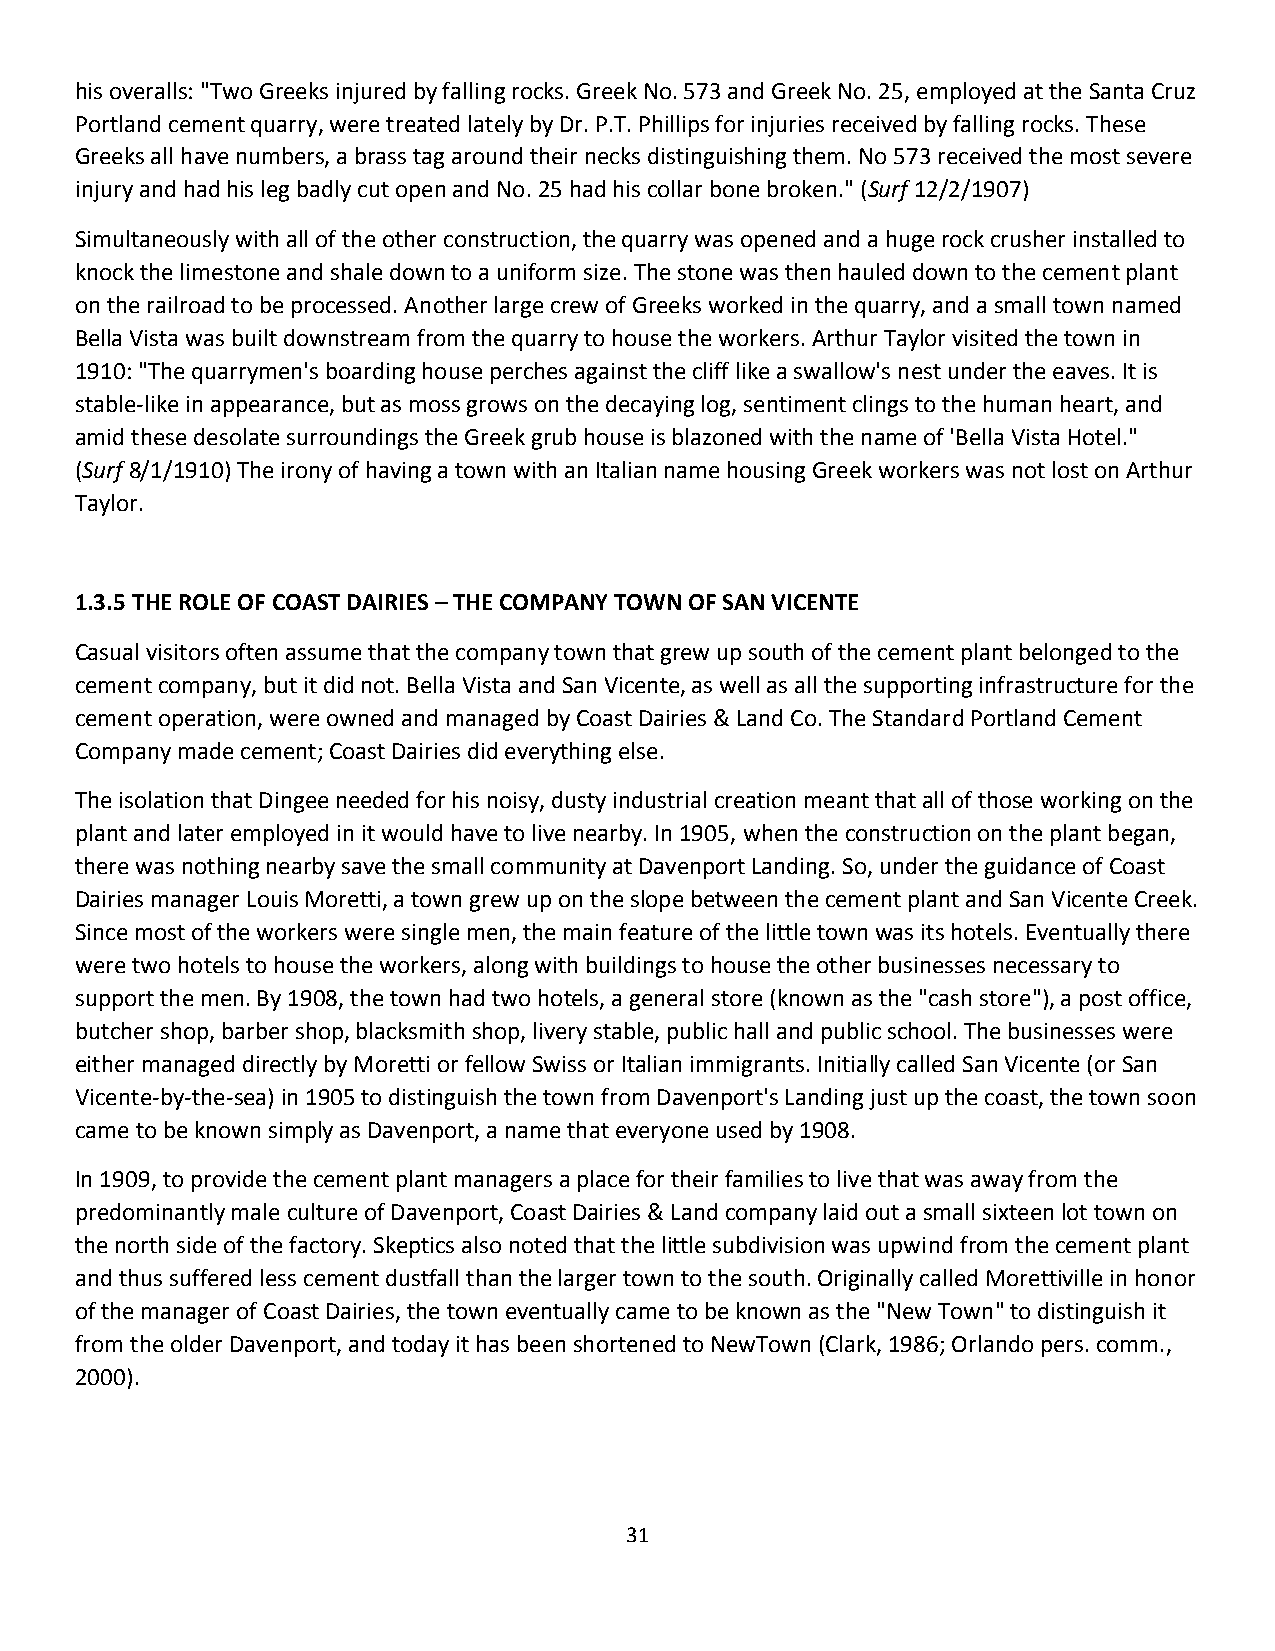
his overalls: "Two Greeks injured by falling rocks. Greek No. 573 and Greek No. 25, employed at the Santa Cruz
 Portland cement quarry, were treated lately by Dr. P.T. Phillips for injuries received by falling rocks. These
 Greeks all have numbers, a brass tag around their necks distinguishing them. No 573 received the most severe
 injury and had his leg badly cut open and No. 25 had his collar bone broken." (Surf 12/2/1907)
 Simultaneously with all of the other construction, the quarry was opened and a huge rock crusher installed to
 knock the limestone and shale down to a uniform size. The stone was then hauled down to the cement plant
 on the railroad to be processed. Another large crew of Greeks worked in the quarry, and a small town named
 Bella Vista was built downstream from the quarry to house the workers. Arthur Taylor visited the town in
 1910: "The quarrymen's boarding house perches against the cliff like a swallow's nest under the eaves. It is
 stable-like in appearance, but as moss grows on the decaying log, sentiment clings to the human heart, and
 amid these desolate surroundings the Greek grub house is blazoned with the name of 'Bella Vista Hotel."
 (Surf 8/1/1910) The irony of having a town with an Italian name housing Greek workers was not lost on Arthur
 Taylor.
 1.3.5 THE ROLE OF COAST DAIRIES – THE COMPANY TOWN OF SAN VICENTE
 Casual visitors often assume that the company town that grew up south of the cement plant belonged to the
 cement company, but it did not. Bella Vista and San Vicente, as well as all the supporting infrastructure for the
 cement operation, were owned and managed by Coast Dairies & Land Co. The Standard Portland Cement
 Company made cement; Coast Dairies did everything else.
 The isolation that Dingee needed for his noisy, dusty industrial creation meant that all of those working on the
 plant and later employed in it would have to live nearby. In 1905, when the construction on the plant began,
 there was nothing nearby save the small community at Davenport Landing. So, under the guidance of Coast
 Dairies manager Louis Moretti, a town grew up on the slope between the cement plant and San Vicente Creek.
 Since most of the workers were single men, the main feature of the little town was its hotels. Eventually there
 were two hotels to house the workers, along with buildings to house the other businesses necessary to
 support the men. By 1908, the town had two hotels, a general store (known as the "cash store"), a post office,
 butcher shop, barber shop, blacksmith shop, livery stable, public hall and public school. The businesses were
 either managed directly by Moretti or fellow Swiss or Italian immigrants. Initially called San Vicente (or San
 Vicente-by-the-sea) in 1905 to distinguish the town from Davenport's Landing just up the coast, the town soon
 came to be known simply as Davenport, a name that everyone used by 1908.
 In 1909, to provide the cement plant managers a place for their families to live that was away from the
 predominantly male culture of Davenport, Coast Dairies & Land company laid out a small sixteen lot town on
 the north side of the factory. Skeptics also noted that the little subdivision was upwind from the cement plant
 and thus suffered less cement dustfall than the larger town to the south. Originally called Morettiville in honor
 of the manager of Coast Dairies, the town eventually came to be known as the "New Town" to distinguish it
 from the older Davenport, and today it has been shortened to NewTown (Clark, 1986; Orlando pers. comm.,
 2000).
 31